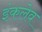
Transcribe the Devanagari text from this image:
इंकलेव